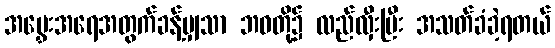
အမွှေးအရေအတွက်ခန့်မျှသာ ဘဝတို့၌ လည်လှီးပြီး အသတ်ခံခဲ့ရတယ်